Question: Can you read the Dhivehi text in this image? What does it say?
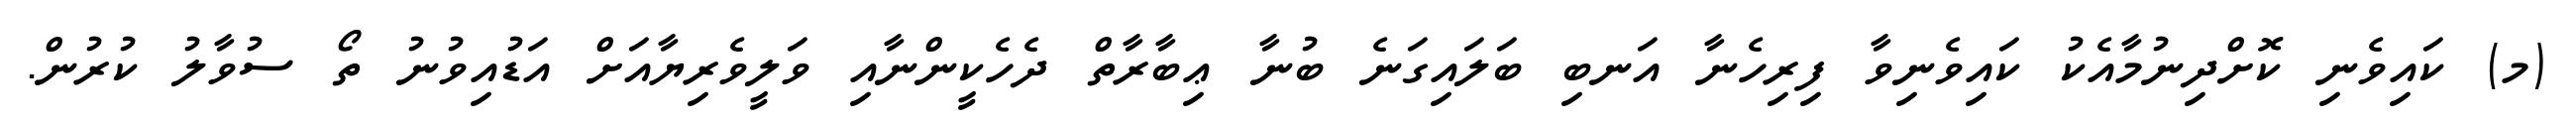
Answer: (މ) ކައިވެނި ކޮށްދިނުމާއެކު ކައިވެނިވާ ފިރިހެނާ އަނބި ބަލައިގަނެ ބުނާ ޢިބާރާތް ދެހެކީންނާއި ވަލީވެރިޔާއަށް އަޑުއިވުނު ތޯ ސުވާލު ކުރުން.